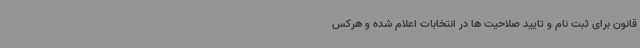
قانون برای ثبت نام و تایید صلاحیت ها در انتخابات اعلام شده و هرکس